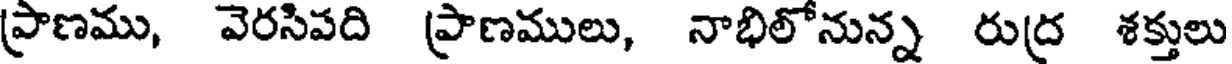
ప్రాణము, వెరసిపది ప్రాణములు, నాభిలోనున్న రుద్ర శక్తులు